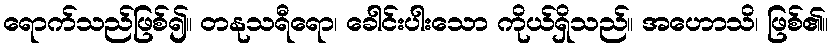
ရောက်သည်ဖြစ်၍။ တနုသရီရော၊ ခေါင်းပါးသော ကိုယ်ရှိသည်။ အဟောသိ၊ ဖြစ်၏။